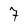
Character: 7